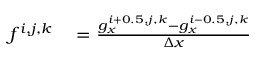
\begin{array} { r l } { f ^ { i , j , k } } & { { } = \frac { g _ { x } ^ { i + 0 . 5 , j , k } - g _ { x } ^ { i - 0 . 5 , j , k } } { \Delta x } } \end{array}